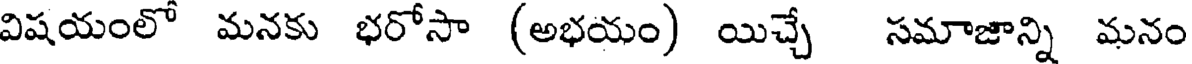
విషయంలో మనకు భరోసా (అభయం) యిచ్చే సమాజాన్ని మనం